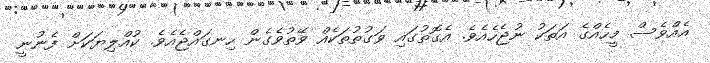
އެއްވެސް މީހެއްގެ އަތަކު ނުޖެހެއެވެ. އެގޮތުގައި ވަގުތުތަކެއް ވޭތުވެގެން ހިނގައްޖެއެވެ. ކުއްލިޔަކަށް ފެނުނީ